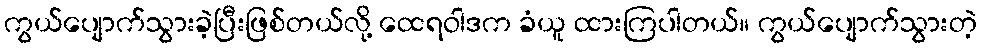
ကွယ်ပျောက်သွားခဲ့ပြီးဖြစ်တယ်လို့ ထေရဝါဒက ခံယူ ထားကြပါတယ်။ ကွယ်ပျောက်သွားတဲ့